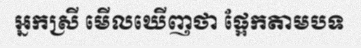
អ្នកស្រី មើលឃើញថា ផ្អែកតាមបទ